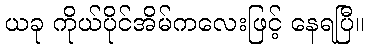
ယခု ကိုယ်ပိုင်အိမ်ကလေးဖြင့် နေရပြီ။